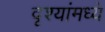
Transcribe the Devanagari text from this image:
दृश्यांमध्ये